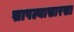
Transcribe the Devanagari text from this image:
सापल्यासारखा